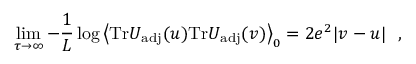
\operatorname * { l i m } _ { \tau \to \infty } - \frac { 1 } { L } \log \left< \mathrm { T r } U _ { \mathrm { a d j } } ( u ) \mathrm { T r } U _ { \mathrm { a d j } } ( v ) \right> _ { 0 } = 2 e ^ { 2 } | v - u | \ \ ,